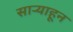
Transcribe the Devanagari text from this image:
साऱ्याहून